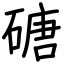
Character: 磄